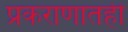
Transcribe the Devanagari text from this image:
प्रकराणातही